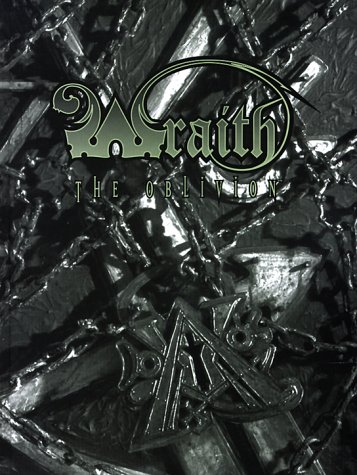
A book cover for *OP Wraith The Oblivion 2nd Edition (World of Darkness); Richard Dansky; Science Fiction & Fantasy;